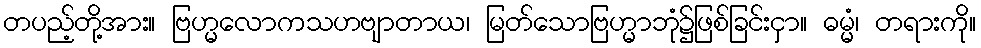
တပည့်တို့အား။ ဗြဟ္မလောကသဟဗျာတာယ၊ မြတ်သောဗြဟ္မာဘုံ၌ဖြစ်ခြင်းငှာ။ ဓမ္မံ၊ တရားကို။